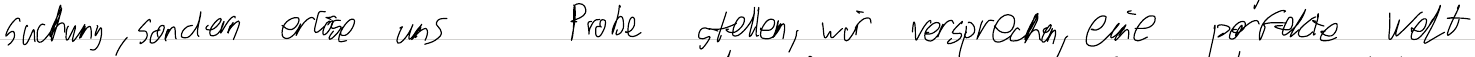
suchung, sondern erläse und    Probe stellen, wir versprechen, eine perfekte Welt